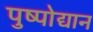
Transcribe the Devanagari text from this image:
पुष्पोद्यान